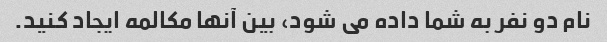
نام دو نفر به شما داده می شود، بین آنها مکالمه ایجاد کنید.